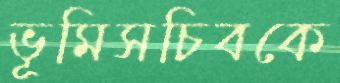
ভূমিসচিবকে